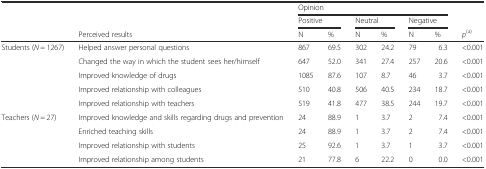
|  |  | <COLSPAN=6> Opinion |  |
 |  |  | <COLSPAN=2> Positive | <COLSPAN=2> Neutral | <COLSPAN=2> Negative |  |
 |  | Perceived results | N | % | N | % | N | % | p(a) |
 | --- | --- | --- | --- | --- | --- | --- | --- | --- |
 | <ROWSPAN=5> Students (N = 1267) | Helped answer personal questions | 867 | 69.5 | 302 | 24.2 | 79 | 6.3 | <0.001 |
 | Changed the way in which the student sees her/himself | 647 | 52.0 | 341 | 27.4 | 257 | 20.6 | <0.001 |
 | Improved knowledge of drugs | 1085 | 87.6 | 107 | 8.7 | 46 | 3.7 | <0.001 |
 | Improved relationship with colleagues | 510 | 40.8 | 506 | 40.5 | 234 | 18.7 | <0.001 |
 | Improved relationship with teachers | 519 | 41.8 | 477 | 38.5 | 244 | 19.7 | <0.001 |
 | <ROWSPAN=4> Teachers (N = 27) | Improved knowledge and skills regarding drugs and prevention | 24 | 88.9 | 1 | 3.7 | 2 | 7.4 | <0.001 |
 | Enriched teaching skills | 24 | 88.9 | 1 | 3.7 | 2 | 7.4 | <0.001 |
 | Improved relationship with students | 25 | 92.6 | 1 | 3.7 | 1 | 3.7 | <0.001 |
 | Improved relationship among students | 21 | 77.8 | 6 | 22.2 | 0 | 0.0 | <0.001 |